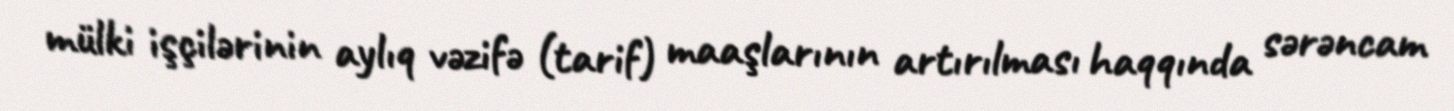
mülki işçilərinin aylıq vəzifə (tarif) maaşlarının artırılması haqqında sərəncam